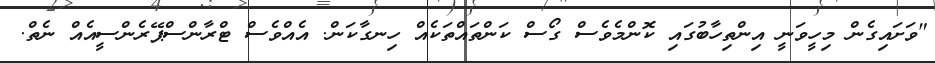
"ވަށައިގެން މިހީވަނީ އިންތިހާބުގައި ކޮންމެވެސް ގޯސް ކަންތައްތަކެއް ހިނގާކަން. އެއްވެސް ޓްރާންސްޕޭރެންސީއެއް ނެތް.